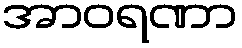
အာဝရဏာ